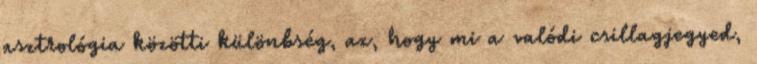
asztrológia közötti különbség, az, hogy mi a valódi csillagjegyed,